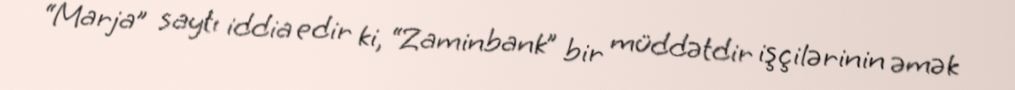
“Marja” saytı iddia edir ki, “Zaminbank” bir müddətdir işçilərinin əmək